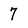
Character: 7